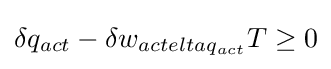
\delta q_{act}-\delta w_{acteltaq_{act}}{T}\geq 0